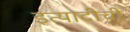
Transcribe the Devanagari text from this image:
इत्यादीची